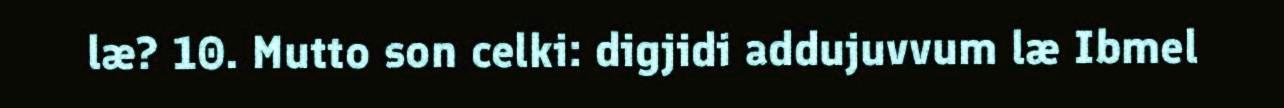
læ? 10. Mutto son celki: digjidi addujuvvum læ Ibmel